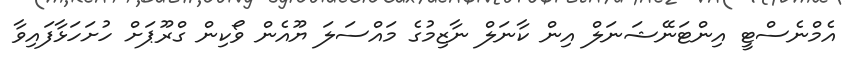
އެމްނެސްޓީ އިންޓަނޭޝަނަލް އިން ކާނަލް ނާޒިމުގެ މައްސަލަ ޔޫއެން ވޯކިން ގްރޫޕަށް ހުށަހަޅާފައިވާ